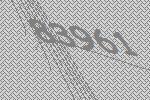
83961